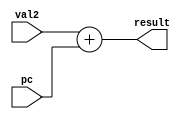
module Adder_32_signed(
	input signed [31:0] val2,
	input signed [31:0] pc,
	output signed [31:0] result
	);
	assign  result = val2 + pc;
	
endmodule